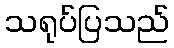
သရုပ်ပြသည်